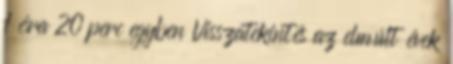
1 óra 20 perc egyben Visszatekintés az elmúlt évek